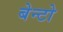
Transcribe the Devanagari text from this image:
बेन्टो